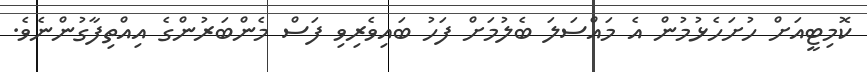
ކޮމިޓީއަށް ހުށަހެޅުމުން އެ މައްސަލަ ބެލުމަށް ފަހު ބައިވެރިވި ފަސް މެންބަރުންގެ އިއްތިފާގުންނެވެ.